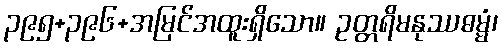
၃၉၅+၃၉၆+အမြင်အထူးရှိသော။ ဥတ္တရိမနုဿဓမ္မံ၊